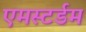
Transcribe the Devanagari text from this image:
एमस्टर्डम